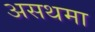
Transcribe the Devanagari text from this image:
असथमा